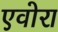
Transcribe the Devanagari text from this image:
एवोरा